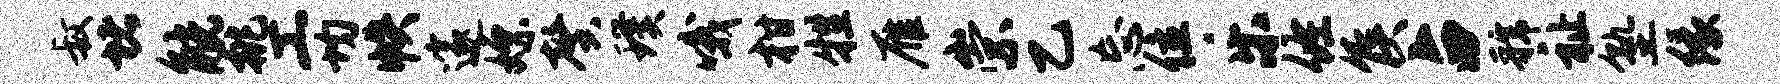
叔堵觥挑工均帙邃嫖馨璞哦柑牲雁崇乙忘位乐佐侯占虢祉塾缘